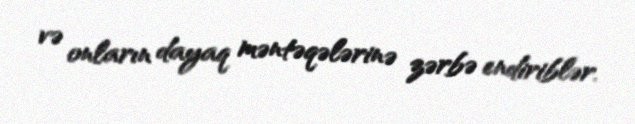
və onların dayaq məntəqələrinə zərbə endiriblər.